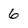
Character: 6